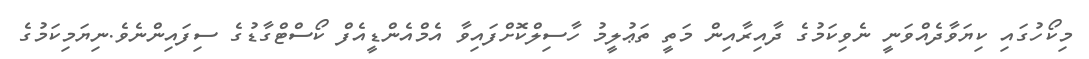
މިކޯހުގައި ކިޔަވާދެއްވަނީ ނެވިކަމުގެ ދާއިރާއިން މަތީ ތަޢުލީމު ހާސިލްކޮށްފައިވާ އެމްއެންޑީއެފް ކޯސްޓްގާޑުގެ ސިފައިންނެވެ.ނިޔަމިކަމުގެ